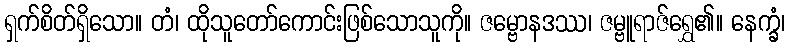
ရှက်စိတ်ရှိသော။ တံ၊ ထိုသူတော်ကောင်းဖြစ်သောသူကို။ ဇမ္ဗောနဒဿ၊ ဇမ္ဗူရာဇ်ရွှေ၏။ နေက္ခံ၊